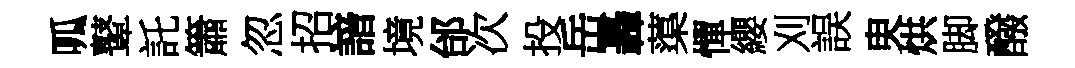
呱鼙託簫忽招諳境邰次投岳轟蕖憚纓刈誤㬰烘脚醱